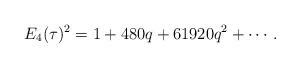
LaTeX: \begin{align*}E_4(\tau)^2=1+480q+61920q^2+\cdots.\end{align*}